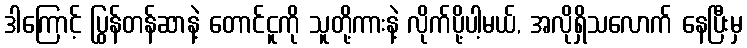
ဒါကြောင့် ပြွန်တန်ဆာနဲ့ တောင်ငူကို သူတို့ကားနဲ့ လိုက်ပို့ပါ့မယ်, အလိုရှိသလောက် နေပြီးမှ